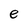
Character: e